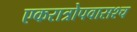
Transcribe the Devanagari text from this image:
एकरात्रोपवासश्च